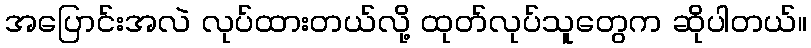
အပြောင်းအလဲ လုပ်ထားတယ်လို့ ထုတ်လုပ်သူတွေက ဆိုပါတယ်။